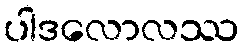
ပါဒလောလဿ